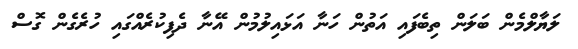
ލަޔާލްމެން ބަލަން ތިބެފައި އަތުން ހަނާ އަޅައިލުމުން އޭނާ ދެފިކުރެއްގައި ހުރެގެން ގޮސް